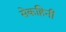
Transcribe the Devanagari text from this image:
सेकहिनी